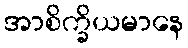
အာစိက္ခိယမာနေ